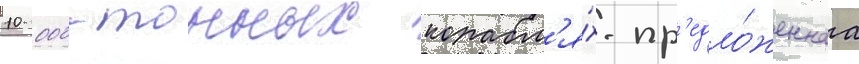
10 000-тонных корабл'я́х. пр'едло́женнаа